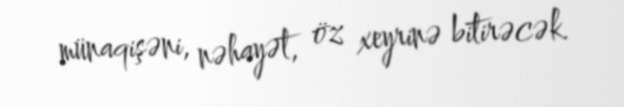
münaqişəni, nəhayət, öz xeyrinə bitirəcək.